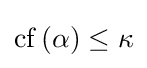
\mathrm {cf} \,(\alpha )\leq \kappa